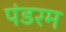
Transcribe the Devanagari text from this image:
पंडरम